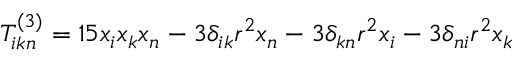
\quad T _ { i k n } ^ { ( 3 ) } = 1 5 x { _ { i } } x { _ { k } } x { _ { n } } - 3 \delta _ { i k } { r ^ { 2 } } x { _ { n } } - 3 \delta _ { k n } { r ^ { 2 } } x { _ { i } } - 3 \delta _ { n i } { r ^ { 2 } } x { _ { k } }